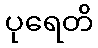
ပုရေတိ